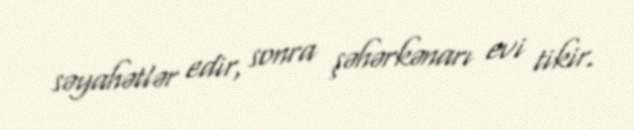
səyahətlər edir, sonra şəhərkənarı evi tikir.